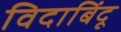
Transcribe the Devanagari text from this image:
विदाबिंदू